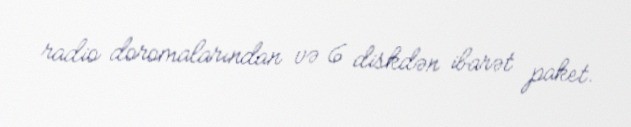
radio doromalarından və 6 diskdən ibarət paket.